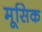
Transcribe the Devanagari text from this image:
मूसिक